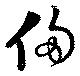
侈